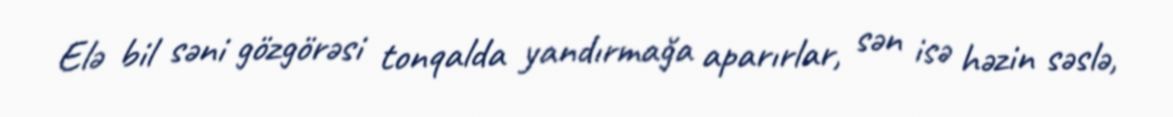
Elə bil səni gözgörəsi tonqalda yandırmağa aparırlar, sən isə həzin səslə,